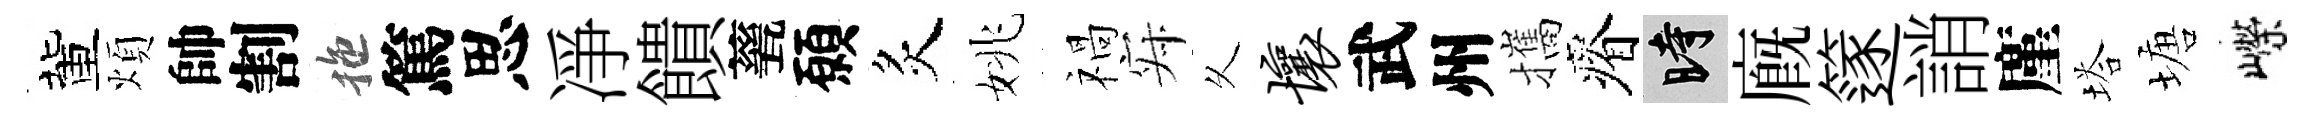
董煩帥割拖篤思凈饋甆願炙姚禍寂乆壤武州攜瘠时廐篴誚廑塔塘嶸